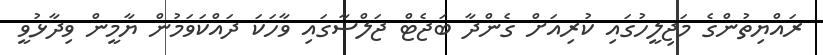
ރައްޔިތުންގެ މަޖިލީހުގައި ކުރިއަށް ގެންދާ ބަޖެޓް ޖަލްސާގައި ވާހަކަ ދައްކަވަމުން ޔާމީން ވިދާޅުވީ